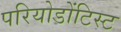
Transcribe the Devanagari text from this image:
परियोडोंटिस्ट